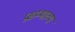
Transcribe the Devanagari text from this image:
प्रसम्भाव्य